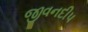
જીવનદીપ